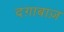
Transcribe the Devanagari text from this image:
दग़ाबाज़